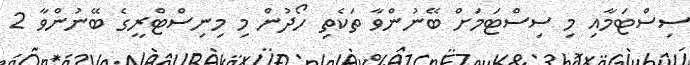
ސިސްޓަމާއި މި ސިސްޓަމަށް ބޭނުންވާ ތަކެތި ހޯދުން މި މިނިސްޓްރީގެ ބޭނުންވާ 2